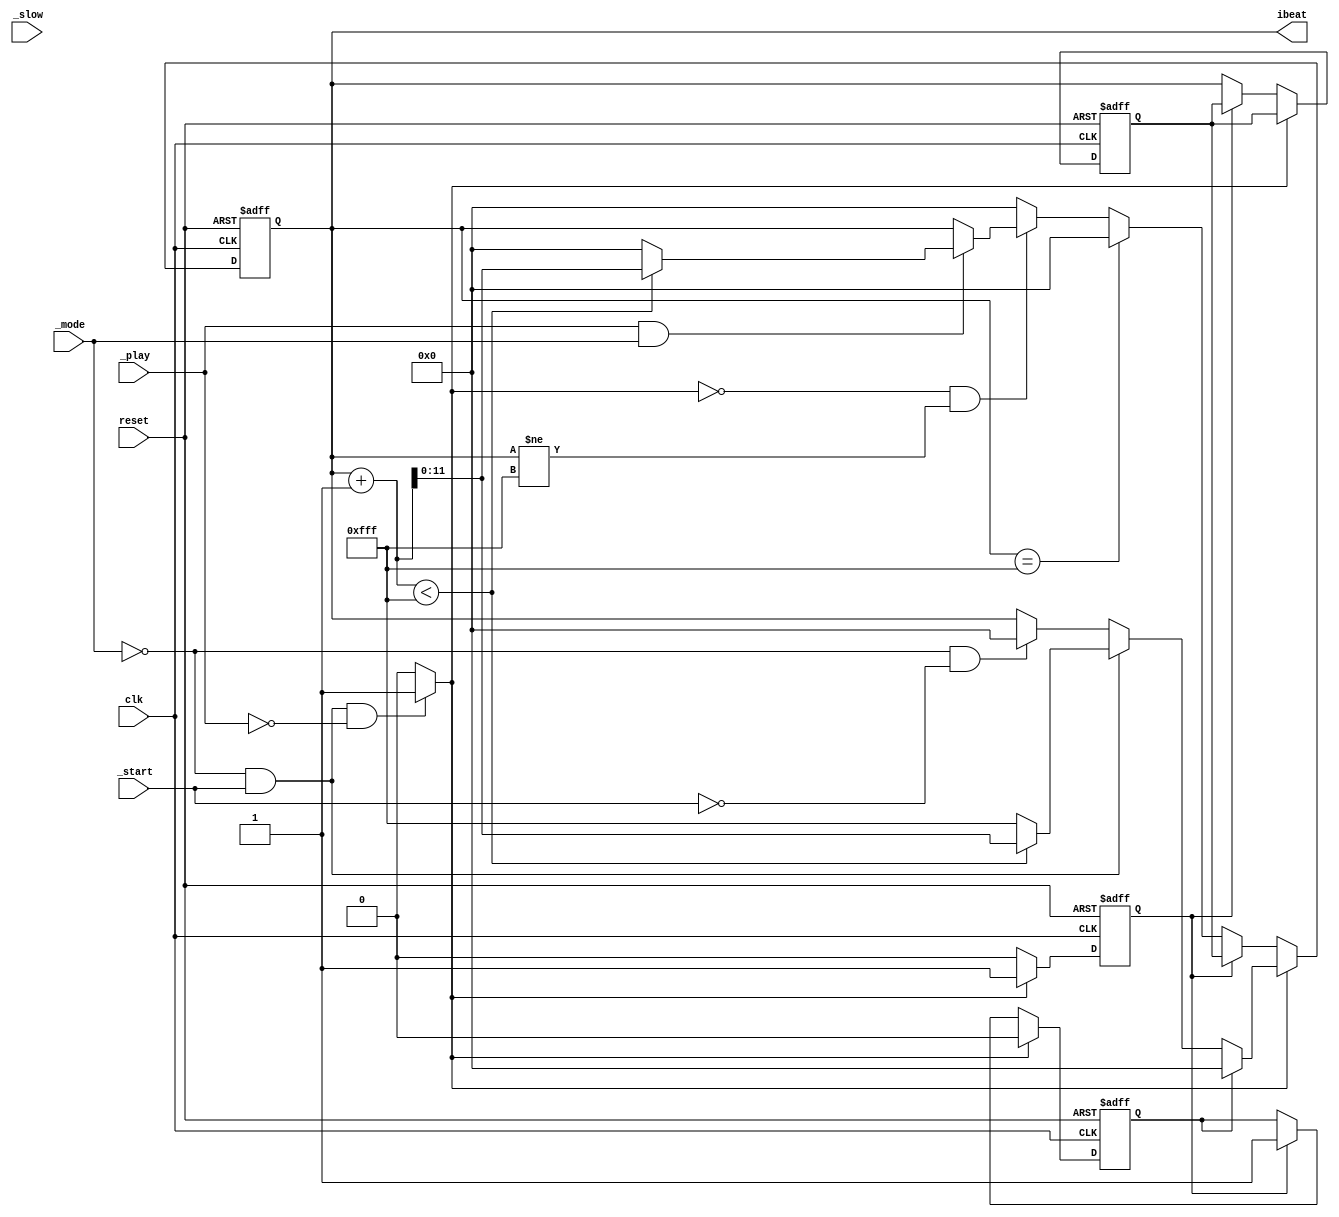
module player_control (
	input clk, 
	input reset, 
	input _start,
	input _play, 
	input _slow, 
	input _mode, 
	output reg [11:0] ibeat
);
	parameter LEN = 4095;
    //reg [11:0] next_ibeat;
	reg [11:0] next_play_ibeat, next_demo_ibeat, pre_demo_ibeat;
	reg state = 1'b0, flag = 1'b1, flag_1 = 1'b1;

	always @(posedge clk, posedge reset) begin
		if(reset) begin
			ibeat <= 0;
			flag <= 1'b1;
			flag_1 <= 1'b1;
			pre_demo_ibeat <= 0;
		end
		else begin
			if(state == 0) begin
				if(flag_1) begin
					ibeat <= pre_demo_ibeat;
					flag_1 <= 1'b0;
					flag <= 1'b1;
				end
				else begin
					if(ibeat == LEN) ibeat <= 0;
					else ibeat <= next_demo_ibeat;
					pre_demo_ibeat <= ibeat;
				end
			end
			else begin
				if(flag) begin
					ibeat <= 0;
					flag <= 1'b0;
					flag_1 <= 1'b1;
				end
				else begin
					flag <= 0;
					flag_1 <= 1'b1;
		        	ibeat <= next_play_ibeat;
				end
			end
		end
	end

	always @* begin
		if(!_mode && _start && !_play) state = 1;    //play mode
		else state = 0;    //demo mode
	end

	always @* begin
		if(state == 0 && ibeat != LEN) begin
			if(_play && _mode) begin
				if(ibeat + 1 < LEN) next_demo_ibeat = ibeat + 1;
				else next_demo_ibeat = 0;
			end
			else if(!_play && _mode) next_demo_ibeat = ibeat;
			else next_demo_ibeat = ibeat;
		end
		else next_demo_ibeat = 0;
	end

	always @* begin
		if(state == 1) begin
			if(_start && !_mode) begin
				if(ibeat + 1 < LEN) next_play_ibeat = ibeat + 1;
				else next_play_ibeat = LEN;		
			end
			else if(!_mode && !_start) next_play_ibeat = 0;
			else next_play_ibeat = ibeat;
		end
		else next_play_ibeat = 0;
	end
endmodule